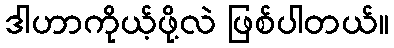
ဒါဟာကိုယ့်ဖို့လဲ ဖြစ်ပါတယ်။